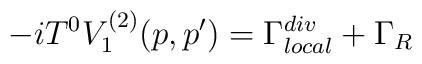
-iT^{0}V_{1}^{(2)}(p,p^{\prime })=\Gamma _{local}^{div}+\Gamma _{R}